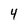
Character: 4